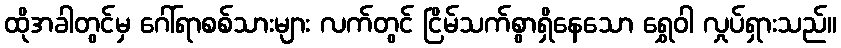
ထိုအခါတွင်မှ ဂေါ်ရာစစ်သားများ လက်တွင် ငြိမ်သက်စွာရှိနေသော ရွှေဝါ လှုပ်ရှားသည်။